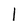
Character: 1